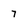
Character: 7